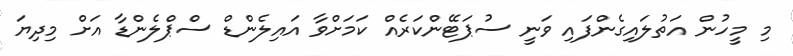
މި މީހުން އަތުލައިގެންފައި ވަނީ ސުޕަޓޭންކަރެއް ކަމަށްވާ އައިލެންޑް ސްޕްލެންޑާ އަށް މިދިޔަ